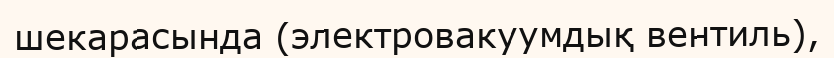
шекарасында (электровакуумдық вентиль),